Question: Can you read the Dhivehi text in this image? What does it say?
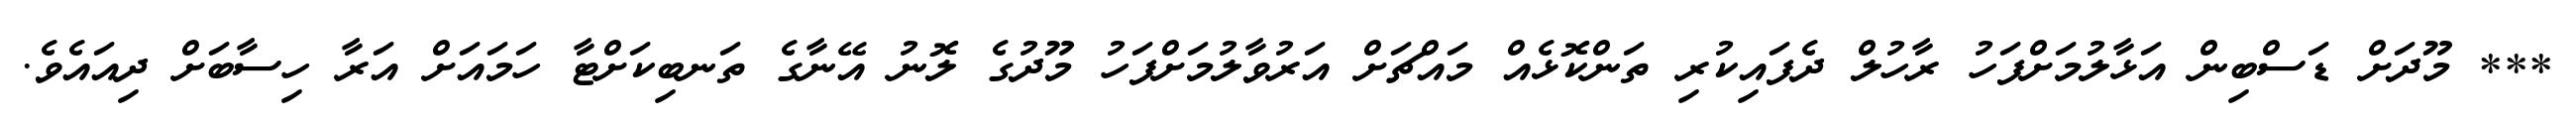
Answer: *** މޫދަށް ޑަސްބިން އަޅާލުމަށްފަހު ރާހުލް ދެފައިކުރި ތަންކޮޅެއް މައްޗަށް އަރުވާލުމަށްފަހު މޫދުގެ ލޮނު އޭނާގެ ތަނބިކަށްޓާ ހަމައަށް އަރާ ހިސާބަށް ދިއައެވެ.